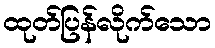
ထုတ်ပြန်လိုက်သော